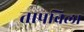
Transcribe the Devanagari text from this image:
तापविला